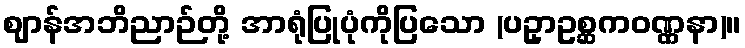
ဈာန်အဘိညာဉ်တို့ အာရုံပြုပုံကိုပြသော (ပဥှာဥစ္ဆကဝဏ္ဏနာ)။